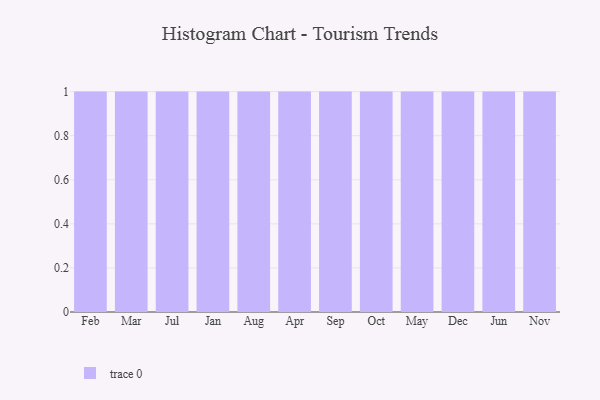
{"axis": {"x": "Month", "y": "Production Output"}, "legend": [""], "data": [{"x": "Feb", "y": 52, "type": ""}, {"x": "Mar", "y": 5, "type": ""}, {"x": "Jul", "y": 41, "type": ""}, {"x": "Jan", "y": 17, "type": ""}, {"x": "Aug", "y": 91, "type": ""}, {"x": "Apr", "y": 52, "type": ""}, {"x": "Sep", "y": 71, "type": ""}, {"x": "Oct", "y": 15, "type": ""}, {"x": "May", "y": 83, "type": ""}, {"x": "Dec", "y": 2, "type": ""}, {"x": "Jun", "y": 96, "type": ""}, {"x": "Nov", "y": 84, "type": ""}]}